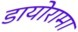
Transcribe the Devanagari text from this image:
डायोरामा